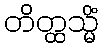
တိတ္ထသ္မိံ